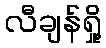
လီချန်ရှို့